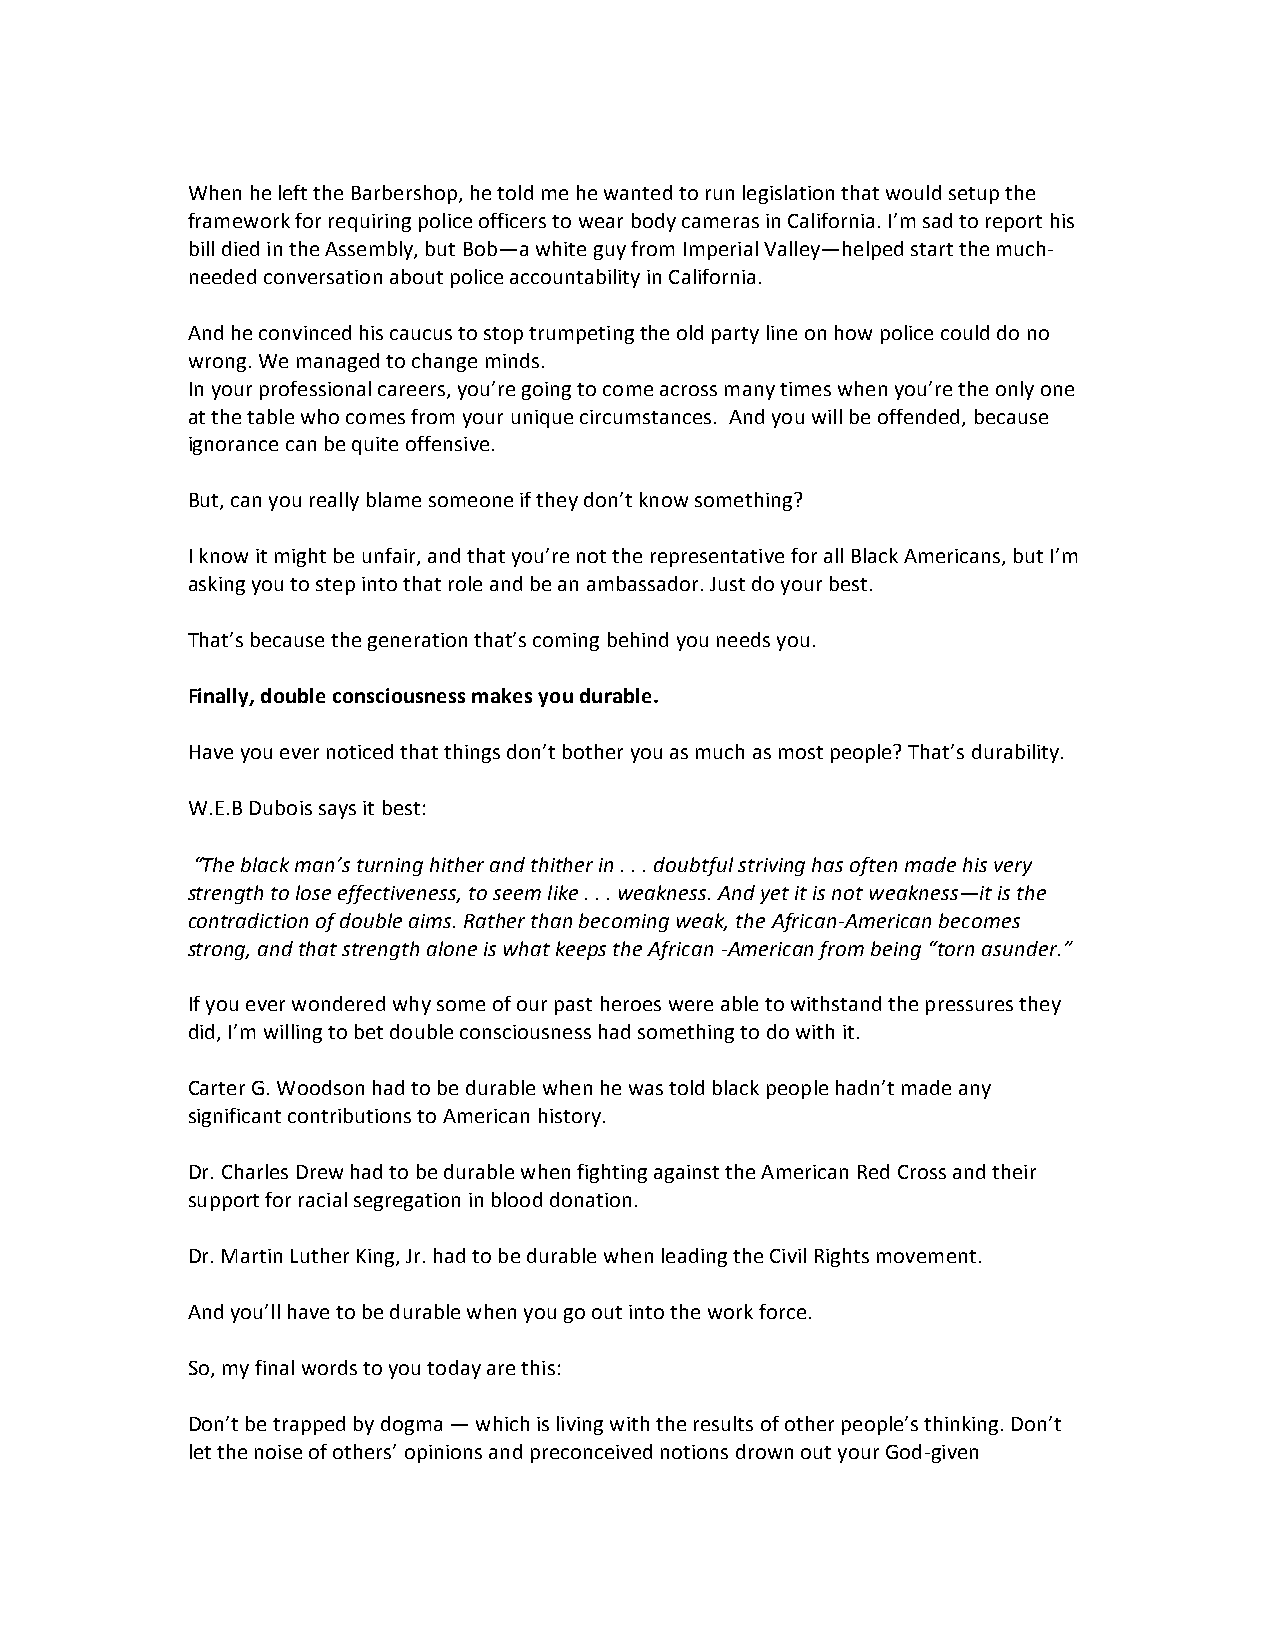
When he left the Barbershop, he told me he wanted to run legislation that would setup the
 framework for requiring police officers to wear body cameras in California. I’m sad to report his
 bill died in the Assembly, but Bob—a white guy from Imperial Valley—helped start the much-
 needed conversation about police accountability in California.
 And he convinced his caucus to stop trumpeting the old party line on how police could do no
 wrong. We managed to change minds.
 In your professional careers, you’re going to come across many times when you’re the only one
 at the table who comes from your unique circumstances. And you will be offended, because
 ignorance can be quite offensive.
 But, can you really blame someone if they don’t know something?
 I know it might be unfair, and that you’re not the representative for all Black Americans, but I’m
 asking you to step into that role and be an ambassador. Just do your best.
 That’s because the generation that’s coming behind you needs you.
 Finally, double consciousness makes you durable.
 Have you ever noticed that things don’t bother you as much as most people? That’s durability.
 W.E.B Dubois says it best:
 “The black man’s turning hither and thither in . . . doubtful striving has often made his very
 strength to lose effectiveness, to seem like . . . weakness. And yet it is not weakness—it is the
 contradiction of double aims. Rather than becoming weak, the African-American becomes
 strong, and that strength alone is what keeps the African -American from being “torn asunder.”
 If you ever wondered why some of our past heroes were able to withstand the pressures they
 did, I’m willing to bet double consciousness had something to do with it.
 Carter G. Woodson had to be durable when he was told black people hadn’t made any
 significant contributions to American history.
 Dr. Charles Drew had to be durable when fighting against the American Red Cross and their
 support for racial segregation in blood donation.
 Dr. Martin Luther King, Jr. had to be durable when leading the Civil Rights movement.
 And you’ll have to be durable when you go out into the work force.
 So, my final words to you today are this:
 Don’t be trapped by dogma — which is living with the results of other people’s thinking. Don’t
 let the noise of others’ opinions and preconceived notions drown out your God-given